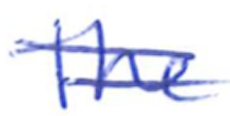
Text: The
Cross-out: double-line
Writing tool: ballpoint